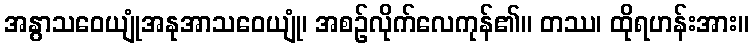
အနွာသဝေယျုံအနုအာသဝေယျုံ၊ အစဉ်လိုက်လေကုန်၏။ တဿ၊ ထိုရဟန်းအား။